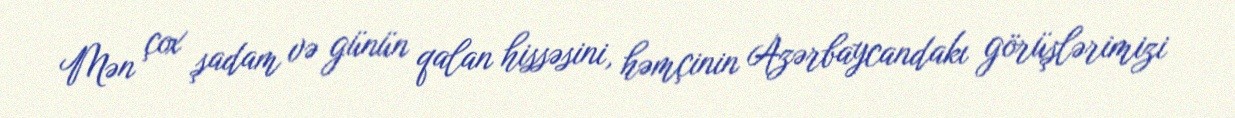
Mən çox şadam və günün qalan hissəsini, həmçinin Azərbaycandakı görüşlərimizi